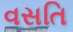
વસતિ